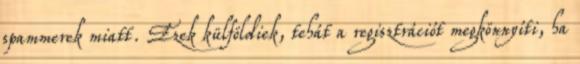
spammerek miatt. Ezek külföldiek, tehát a regisztrációt megkönnyíti, ha